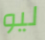
ليو